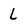
Character: L